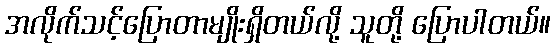
အလိုက်သင့်ပြောတာမျိုးရှိတယ်လို့ သူတို့ ပြောပါတယ်။